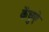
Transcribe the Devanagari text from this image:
केंचुऐ